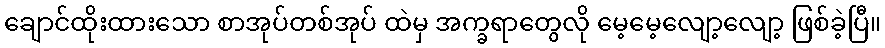
ချောင်ထိုးထားသော စာအုပ်တစ်အုပ် ထဲမှ အက္ခရာတွေလို မေ့မေ့လျော့လျော့ ဖြစ်ခဲ့ပြီ။